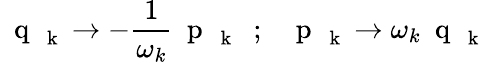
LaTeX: \mathrm{~\mathbf~q~}_{\mathrm{~\mathbf~k~}}\to-\frac{1}{\omega_{k}}\mathrm{~\mathbf~p~}_{\mathrm{~\mathbf~k~}}\; \; ;\; \; \mathrm{~\mathbf~p~}_{\mathrm{~\mathbf~k~}}\to\omega_{k}\mathrm{~\mathbf~q~}_{\mathrm{~\mathbf~k~}}